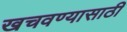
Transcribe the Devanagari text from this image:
खचवण्यासाठी